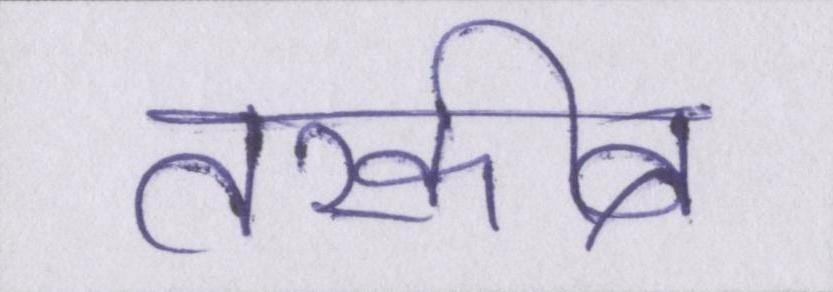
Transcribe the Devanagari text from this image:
तरकीब